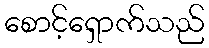
စောင့်ရှောက်သည်